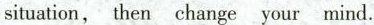
situation,then change your mind.